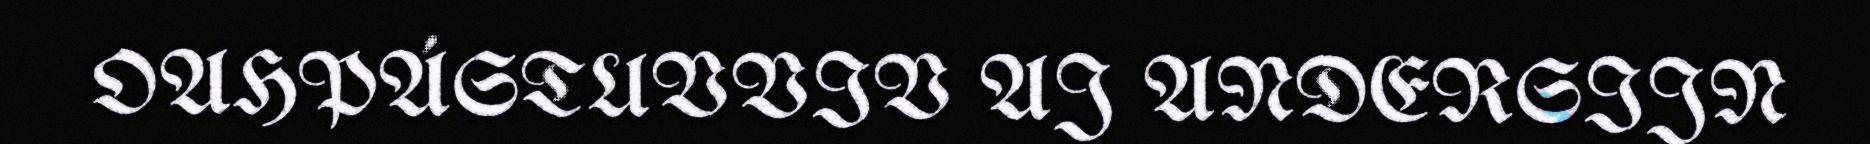
OAHPÁSTUVVIV AJ ANDERSIJN